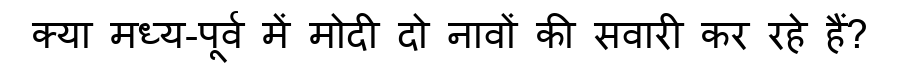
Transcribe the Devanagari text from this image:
क्या मध्य-पूर्व में मोदी दो नावों की सवारी कर रहे हैं?